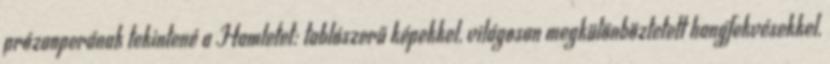
prózaoperának tekintené a Hamletet: tablószerű képekkel, világosan megkülönböztetett hangfekvésekkel,